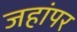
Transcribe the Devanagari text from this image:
जहांपर